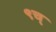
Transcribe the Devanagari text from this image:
९च्